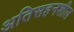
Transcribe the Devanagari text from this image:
अतिसहनशील